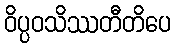
ဝိပ္ပဝသိဿတီတိပေ